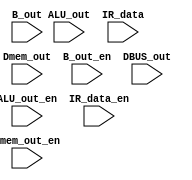
`timescale 1ns / 1ps
//////////////////////////////////////////////////////////////////////////////////
// Company: 
// Engineer: 
// 
// Design Name: 
// Module Name: DBUS
// Project Name: 
// Target Devices: 
// Tool Versions: 
// Description: 
// 
// Dependencies: 
// 
// Revision:
// Revision 0.01 - File Created
// Additional Comments:
// 
//////////////////////////////////////////////////////////////////////////////////


module DBUS(
    input [15:0] ALU_out,
    input [15:0] B_out,
    input [15:0] Dmem_out,
    input [15:0] IR_data,
    input ALU_out_en,
    input B_out_en,
    input Dmem_out_en,
    input IR_data_en,
    input [15:0] DBUS_out
    );
    
    assign DBUS_out = (ALU_out_en == 1)?ALU_out:16'bzzzzzzzzzzzzzzzz;
    assign DBUS_out = (B_out_en == 1)?B_out:16'bzzzzzzzzzzzzzzzz;
    assign DBUS_out = (Dmem_out_en == 1)?Dmem_out:16'bzzzzzzzzzzzzzzzz;
    assign DBUS_out = (IR_data_en == 1)?IR_data_en:16'bzzzzzzzzzzzzzzzz;
//    if(ALU_out_en == 1'b1)assign DBUS_out = ALU_out;
//    else assign DBUS_out = {16{Z}};
//    if(B_out_en == 1'b1)assign DBUS_out = B_out;
//    else assign DBUS_out = {16{Z}};
//    if(Dmem_out_en)assign DBUS_out = Dmem_out;
//    else assign DBUS_out = {16{Z}};
//    if(IR_data_en == 1'b1)assign DUBS_out = IR_data_en;
//    else assign DUBS_out = {16{Z}};
    
endmodule